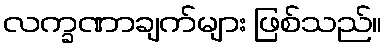
လက္ခဏာချက်များ ဖြစ်သည်။